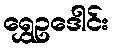
ရွှေဥဒေါင်း